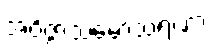
အဝိဇ္ဇာသမောသရဏာ